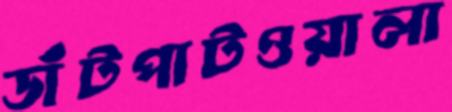
ডাঁটপাটওয়ালা